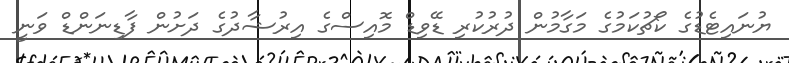
ޔުނައިޓެޑުގެ ކޯޗުކަމުގެ މަގާމުން ދުރުކުރި ޑޭވިޑް މޮއިސްގެ އިރުޝާދުގެ ދަށުން ފާޑިނަންޑް ވަނީ